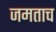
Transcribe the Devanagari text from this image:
जमताच